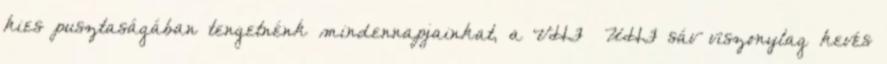
kies pusztaságában tengetnénk mindennapjainkat, a VHF UHF sáv viszonylag kevés